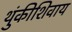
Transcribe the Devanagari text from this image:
थुंकीशिवाय